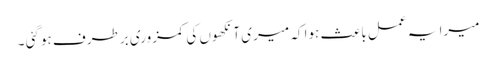
میرا یہ عمل باعث ہوا کہ میری آنکھوں کی کمزوری برطرف ہوگئی ۔